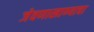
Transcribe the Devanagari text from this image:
जेवणाखाण्याचा